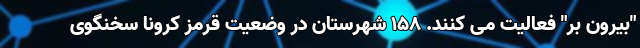
"بیرون بر" فعالیت می کنند. ۱۵۸ شهرستان در وضعیت قرمز کرونا سخنگوی